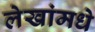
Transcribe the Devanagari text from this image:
लेखांमधे